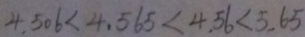
4 . 5 0 6 < 4 . 5 6 5 < 4 . 5 6 < 5 . 6 5